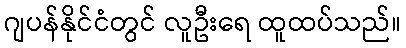
ဂျပန်နိုင်ငံတွင် လူဦးရေ ထူထပ်သည်။